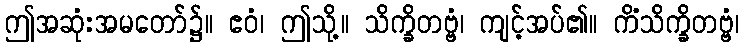
ဤအဆုံးအမတော်၌။ ဧဝံ၊ ဤသို့။ သိက္ခိတဗ္ဗံ၊ ကျင့်အပ်၏။ ကိံသိက္ခိတဗ္ဗံ၊